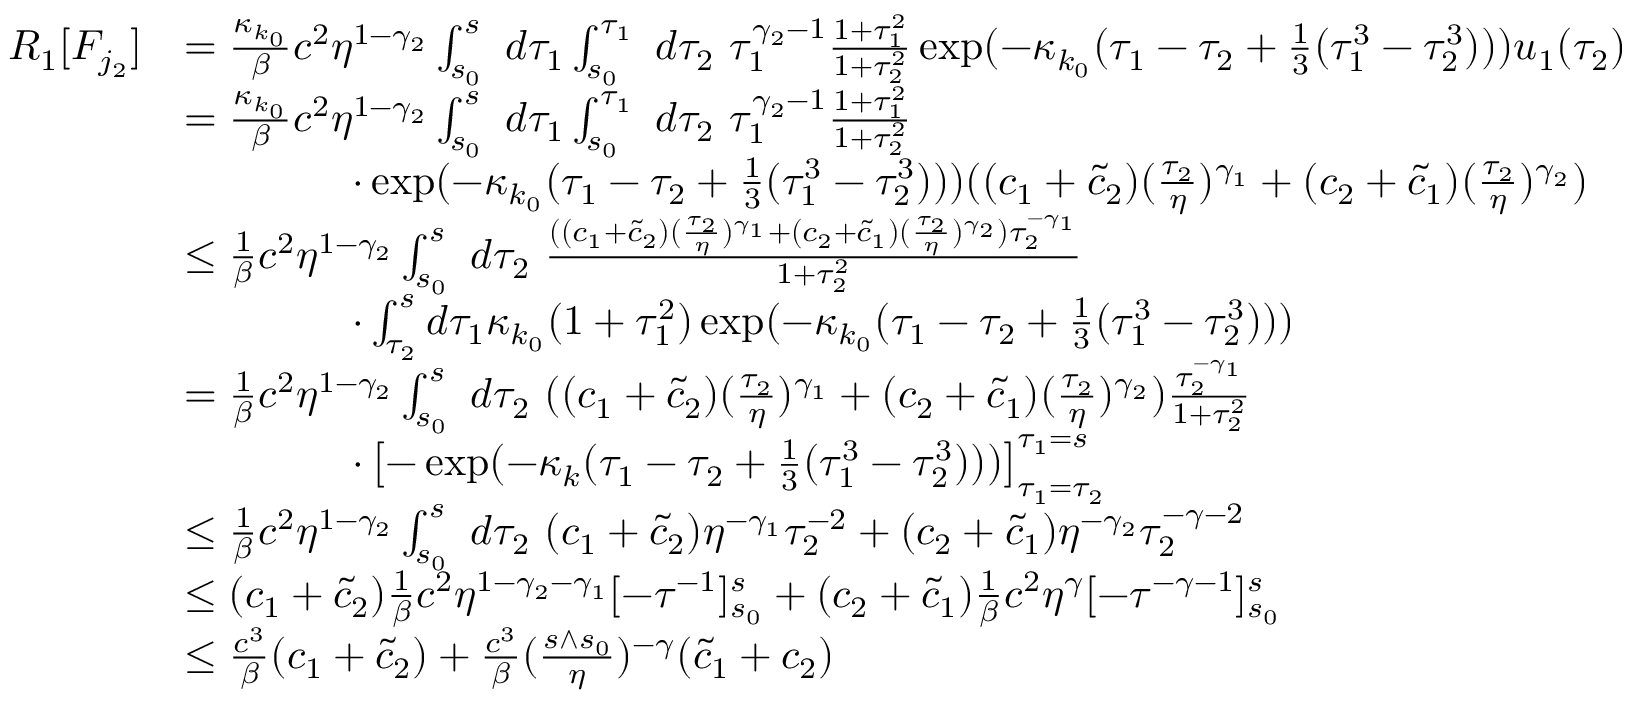
\begin{array} { r l } { R _ { 1 } [ F _ { j _ { 2 } } ] } & { = \frac { \kappa _ { k _ { 0 } } } \beta c ^ { 2 } \eta ^ { 1 - \gamma _ { 2 } } \int _ { s _ { 0 } } ^ { s } \ d \tau _ { 1 } \int _ { s _ { 0 } } ^ { \tau _ { 1 } } \ d \tau _ { 2 } \ \tau _ { 1 } ^ { \gamma _ { 2 } - 1 } \frac { 1 + \tau _ { 1 } ^ { 2 } } { 1 + \tau _ { 2 } ^ { 2 } } \exp ( - \kappa _ { k _ { 0 } } ( \tau _ { 1 } - \tau _ { 2 } + \frac 1 3 ( \tau _ { 1 } ^ { 3 } - \tau _ { 2 } ^ { 3 } ) ) ) u _ { 1 } ( \tau _ { 2 } ) } \\ & { = \frac { \kappa _ { k _ { 0 } } } \beta c ^ { 2 } \eta ^ { 1 - \gamma _ { 2 } } \int _ { s _ { 0 } } ^ { s } \ d \tau _ { 1 } \int _ { s _ { 0 } } ^ { \tau _ { 1 } } \ d \tau _ { 2 } \ \tau _ { 1 } ^ { \gamma _ { 2 } - 1 } \frac { 1 + \tau _ { 1 } ^ { 2 } } { 1 + \tau _ { 2 } ^ { 2 } } } \\ & { \qquad \qquad \cdot \exp ( - \kappa _ { k _ { 0 } } ( \tau _ { 1 } - \tau _ { 2 } + \frac 1 3 ( \tau _ { 1 } ^ { 3 } - \tau _ { 2 } ^ { 3 } ) ) ) ( ( c _ { 1 } + \tilde { c } _ { 2 } ) ( \frac { \tau _ { 2 } } \eta ) ^ { \gamma _ { 1 } } + ( c _ { 2 } + \tilde { c } _ { 1 } ) ( \frac { \tau _ { 2 } } \eta ) ^ { \gamma _ { 2 } } ) } \\ & { \le \frac { 1 } \beta c ^ { 2 } \eta ^ { 1 - \gamma _ { 2 } } \int _ { s _ { 0 } } ^ { s } \ d \tau _ { 2 } \ \frac { ( ( c _ { 1 } + \tilde { c } _ { 2 } ) ( \frac { \tau _ { 2 } } \eta ) ^ { \gamma _ { 1 } } + ( c _ { 2 } + \tilde { c } _ { 1 } ) ( \frac { \tau _ { 2 } } \eta ) ^ { \gamma _ { 2 } } ) \tau _ { 2 } ^ { - \gamma _ { 1 } } } { 1 + \tau _ { 2 } ^ { 2 } } \ } \\ & { \qquad \qquad \cdot \int _ { \tau _ { 2 } } ^ { s } d \tau _ { 1 } \kappa _ { k _ { 0 } } ( 1 + \tau _ { 1 } ^ { 2 } ) \exp ( - \kappa _ { k _ { 0 } } ( \tau _ { 1 } - \tau _ { 2 } + \frac 1 3 ( \tau _ { 1 } ^ { 3 } - \tau _ { 2 } ^ { 3 } ) ) ) } \\ & { = \frac { 1 } \beta c ^ { 2 } \eta ^ { 1 - \gamma _ { 2 } } \int _ { s _ { 0 } } ^ { s } \ d \tau _ { 2 } \ ( ( c _ { 1 } + \tilde { c } _ { 2 } ) ( \frac { \tau _ { 2 } } \eta ) ^ { \gamma _ { 1 } } + ( c _ { 2 } + \tilde { c } _ { 1 } ) ( \frac { \tau _ { 2 } } \eta ) ^ { \gamma _ { 2 } } ) \frac { \tau _ { 2 } ^ { - \gamma _ { 1 } } } { 1 + \tau _ { 2 } ^ { 2 } } } \\ & { \qquad \qquad \cdot \left[ - \exp ( - \kappa _ { k } ( \tau _ { 1 } - \tau _ { 2 } + \frac 1 3 ( \tau _ { 1 } ^ { 3 } - \tau _ { 2 } ^ { 3 } ) ) ) \right] _ { \tau _ { 1 } = \tau _ { 2 } } ^ { \tau _ { 1 } = s } } \\ & { \le \frac { 1 } \beta c ^ { 2 } \eta ^ { 1 - \gamma _ { 2 } } \int _ { s _ { 0 } } ^ { s } \ d \tau _ { 2 } \ ( c _ { 1 } + \tilde { c } _ { 2 } ) \eta ^ { - \gamma _ { 1 } } \tau _ { 2 } ^ { - 2 } + ( c _ { 2 } + \tilde { c } _ { 1 } ) \eta ^ { - \gamma _ { 2 } } \tau _ { 2 } ^ { - \gamma - 2 } } \\ & { \le ( c _ { 1 } + \tilde { c } _ { 2 } ) \frac { 1 } \beta c ^ { 2 } \eta ^ { 1 - \gamma _ { 2 } - \gamma _ { 1 } } [ - \tau ^ { - 1 } ] _ { s _ { 0 } } ^ { s } + ( c _ { 2 } + \tilde { c } _ { 1 } ) \frac { 1 } \beta c ^ { 2 } \eta ^ { \gamma } [ - \tau ^ { - \gamma - 1 } ] _ { s _ { 0 } } ^ { s } } \\ & { \le \frac { c ^ { 3 } } \beta ( c _ { 1 } + \tilde { c } _ { 2 } ) + \frac { c ^ { 3 } } \beta ( \frac { s \wedge s _ { 0 } } \eta ) ^ { - \gamma } ( \tilde { c } _ { 1 } + c _ { 2 } ) } \end{array}